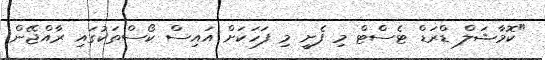
"ކޮމާޝަލް ޑްރަޑް ޓެސްޓް މި ފެށީ މި ފަހަކަށް އައިސް ކޯސްތަކުގައި ރާއްޖޭން